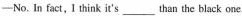
——No.In fact, I think it's ___ than the black one.